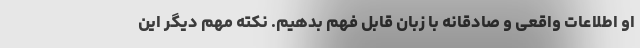
او اطلاعات واقعی و صادقانه با زبان قابل فهم بدهیم. نکته مهم دیگر این